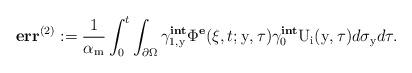
LaTeX: \begin{align*}\textbf{err}^{(2)} := \displaystyle\frac{1}{\alpha_\mathrm{m}}\int_{0}^t\int_{\partial\Omega}\gamma^{\textbf{int}}_{1,\mathrm{y}}\Phi^{\textbf{e}}(\xi,t;\mathrm{y},\tau)\gamma^{\textbf{int}}_{0}\mathrm{U}_{\mathrm{i}}(\mathrm{y},\tau)d\sigma_{\mathrm{y}}d\tau.\end{align*}